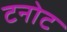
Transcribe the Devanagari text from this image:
टनोट